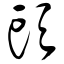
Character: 头